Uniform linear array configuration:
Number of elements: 64
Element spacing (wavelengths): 0.75
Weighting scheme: hann
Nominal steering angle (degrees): -60
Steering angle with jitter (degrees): -61.981
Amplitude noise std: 0.05
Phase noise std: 0.05

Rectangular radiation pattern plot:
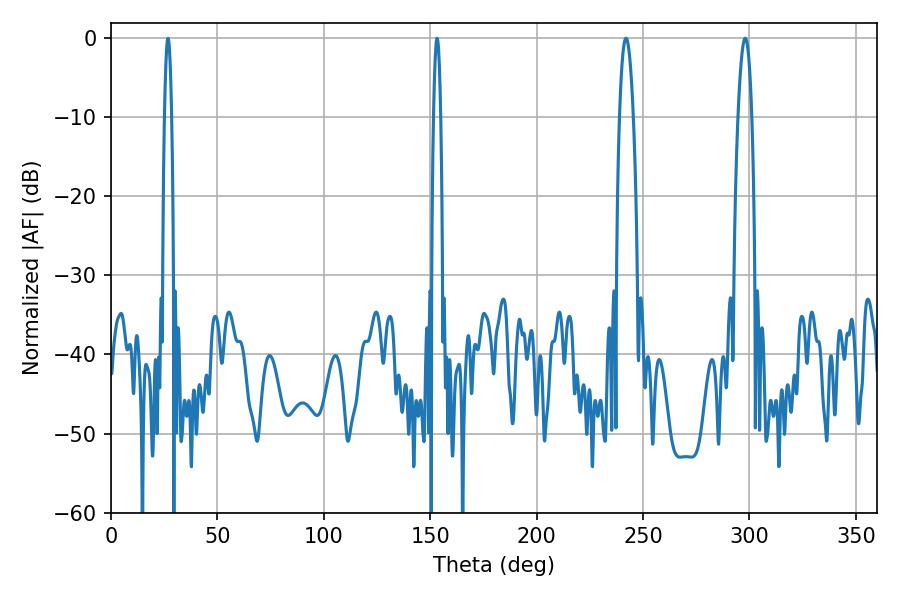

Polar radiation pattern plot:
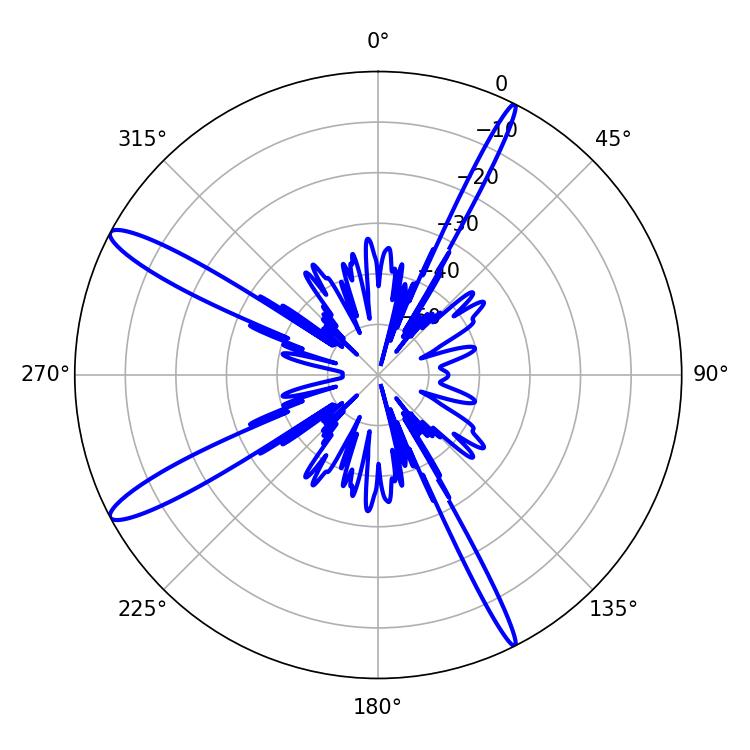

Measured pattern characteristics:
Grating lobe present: TRUE
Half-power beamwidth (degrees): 3.6
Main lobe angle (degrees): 241.92